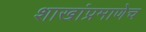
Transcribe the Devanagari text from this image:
शाखांप्रमाणेच